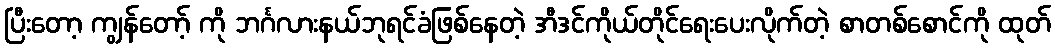
ပြီးတော့ ကျွန်တော့် ကို ဘင်္ဂလားနယ်ဘုရင်ခံဖြစ်နေတဲ့ အီဒင်ကိုယ်တိုင်ရေးပေးလိုက်တဲ့ စာတစ်စောင်ကို ထုတ်